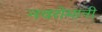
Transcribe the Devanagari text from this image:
नवरोमानी